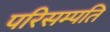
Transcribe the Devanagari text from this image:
परिसम्पति